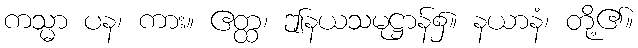
ကသ္မာ ပန၊ ကား။ ဧတ္ထ၊ ဤနယသမုဋ္ဌာန်၌။ နယာနံ၊ တို့၏။